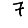
Digit: 7